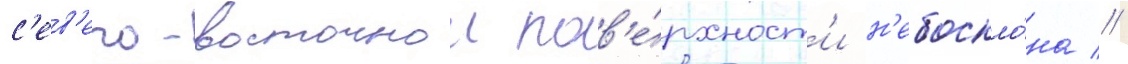
с'ев'еро-восточнои пов'е́рхност'и н'ебоскло́на //